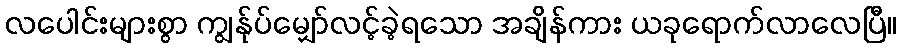
လပေါင်းများစွာ ကျွန်ုပ်မျှော်လင့်ခဲ့ရသော အချိန်ကား ယခုရောက်လာလေပြီ။